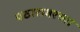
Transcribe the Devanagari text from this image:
पठारावरच्या